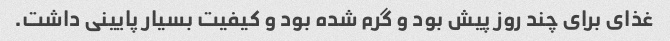
غذای برای چند روز پیش بود و گرم شده بود و کیفیت بسیار پایینی داشت.